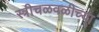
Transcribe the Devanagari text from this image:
स्त्रीचळवळीच्या